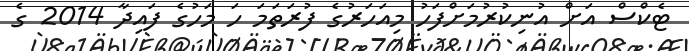
ޓެކްސް އަށް އުނިކުރުމަށްފަހު މިއަހަރުގެ ފުރަތަމަ ހަ މަހުގެ ފައިދާ 2014 ގެ